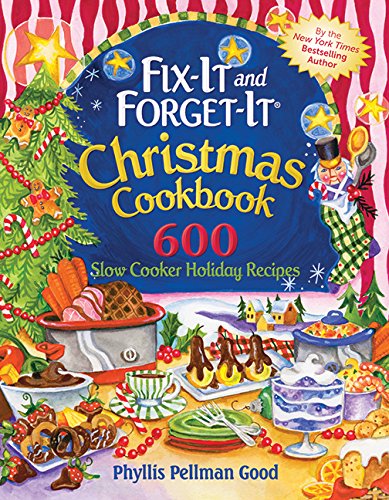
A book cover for Fix-it and Forget-it Christmas Cookbook: 600 Slow Cooker Holiday Recipes; Phyllis Good; Cookbooks, Food & Wine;